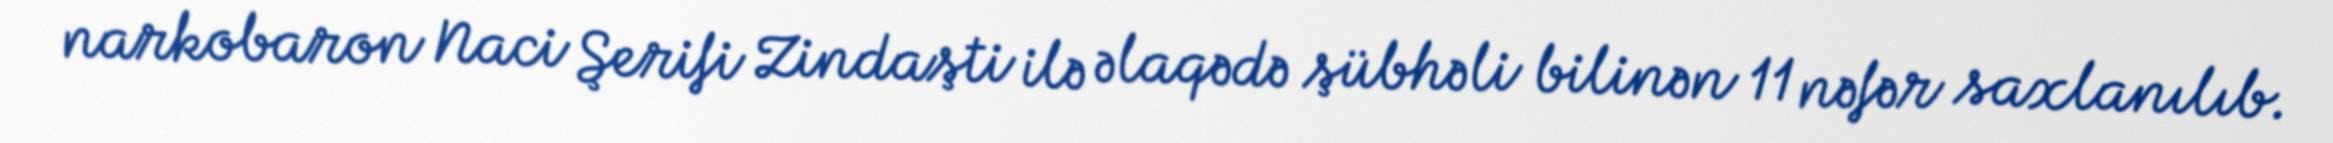
narkobaron Naci Şerifi Zindaşti ilə əlaqədə şübhəli bilinən 11 nəfər saxlanılıb.